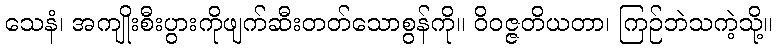
သေနံ၊ အကျိုးစီးပွားကိုဖျက်ဆီးတတ်သောစွန်ကို။ ဝိဝဇ္ဇတိယတာ၊ ကြဉ်ဘဲသကဲ့သို့။